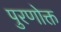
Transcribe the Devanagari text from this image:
पुरणोक्त